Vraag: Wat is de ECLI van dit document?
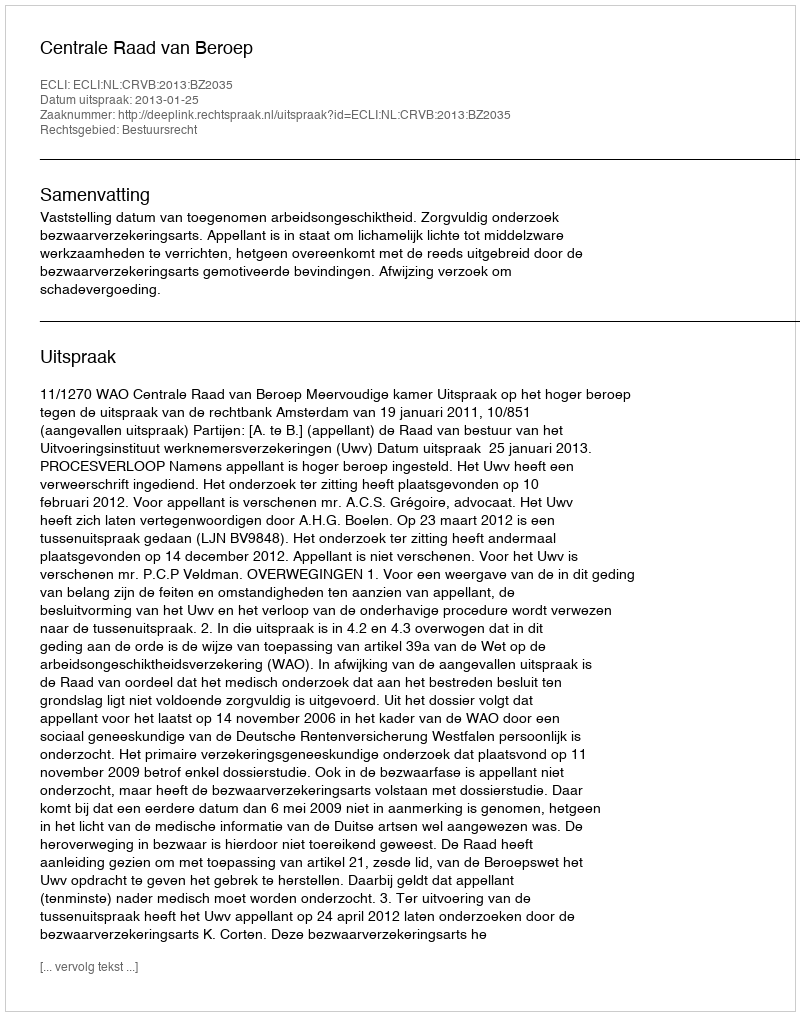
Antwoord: ECLI:NL:CRVB:2013:BZ2035